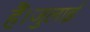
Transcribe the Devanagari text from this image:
हैं।जुलाई